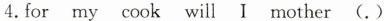
4. for my cook will I mother (.)